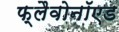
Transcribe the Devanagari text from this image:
फ्लैवोनॉएड